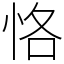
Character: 恪